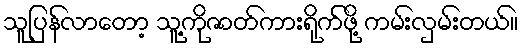
သူပြန်လာတော့ သူ့ကိုဇာတ်ကားရိုက်ဖို့ ကမ်းလှမ်းတယ်။